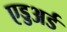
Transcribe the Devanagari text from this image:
एड्डअर्ड